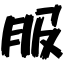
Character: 服